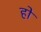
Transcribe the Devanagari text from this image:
हो